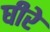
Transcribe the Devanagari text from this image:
घीरे